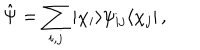
LaTeX: \hat { \Psi } = \sum _ { i , j } | \chi _ { i } \rangle \psi _ { i j } \langle \chi _ { j } | \, ,